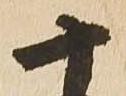
十